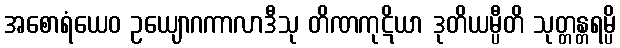
အစောရံယေဝ ဥယျောဂကာလာဒီသု တိဏကုဋိယာ ဒုတိယမ္ပီတိ သုတ္တန္တရမ္ပိ